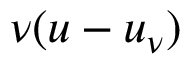
\nu ( u - u _ { \nu } )